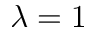
\lambda = 1